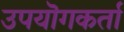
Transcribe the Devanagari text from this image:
उपयॊगकर्ता